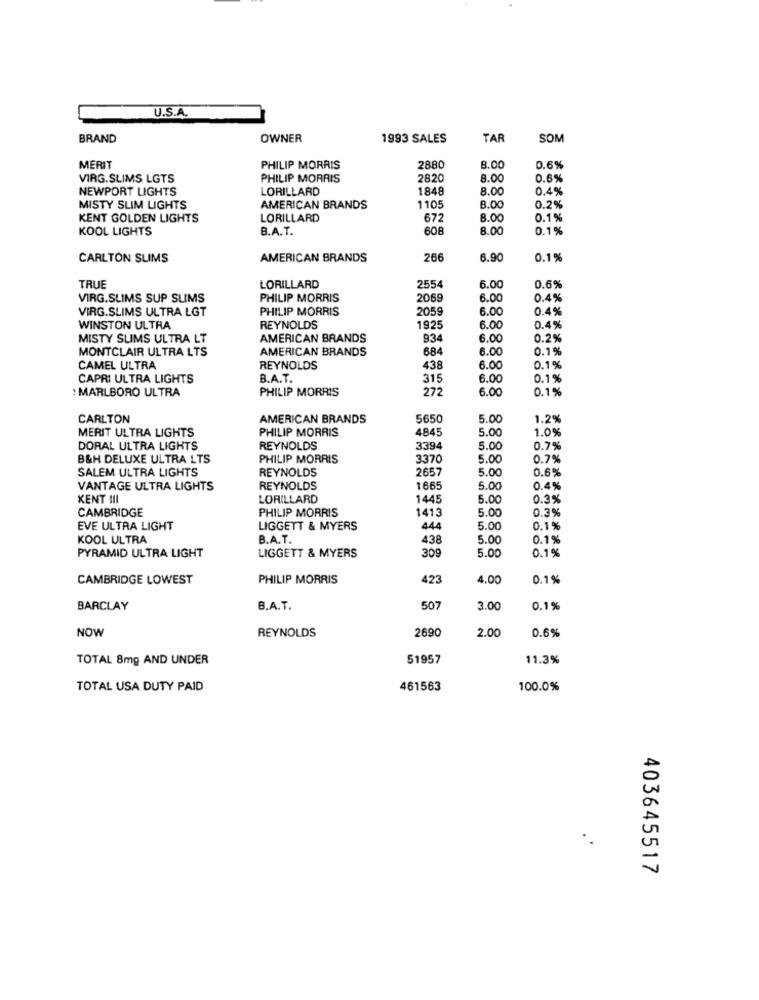
U.S.A.
BRAND
OWNER
1993 SALES
TAR
SOM
MERIT
PHILIP MORRIS
2880
8.00
0.6%
VIRG.SLIMS LGTS
PHILIP MORRIS
2820
8.00
0.6%
NEWPORT LIGHTS
LORILLARD
1848
8.00
0.4%
MISTY SLIM LIGHTS
AMERICAN BRANDS
1105
8.00
0.2%
KENT GOLDEN LIGHTS
LORILLARD
672
8.00
0.1%
KOOL LIGHTS
B.A.T.
608
8.00
0.1%
CARLTON SLIMS
AMERICAN BRANDS
266
6.90
0.1%
TRUE
LORILLARD
255
6.00
0.6%
VIRG.SLIMS SUP SLIMS
PHILIP MORRIS
2069
6.00
0.4%
VIRG.SLIMS ULTRA LGT
PHILIP MORRIS
2059
6.00
0.4%
0.4%
WINSTON ULTRA
REYNOLDS
1925
6.00
MISTY SLIMS ULTRA LT
AMERICAN BRANDS
934
6.00
0.2%
MONTCLAIR ULTRA LTS
AMERICAN BRANDS
684
6.00
0.1%
CAMEL ULTRA
REYNOLDS
438
6.00
0.1%
CAPRI ULTRA LIGHTS
B.A.T.
315
6.00
0.1%
: MARLBORO ULTRA
PHILIP MORRIS
272
6.00
0.1%
CARLTON
AMERICAN BRANDS
5650
5.00
1.29
MERIT ULTRA LIGHTS
PHILIP MORRIS
4845
5.00
1.0%
DORAL ULTRA LIGHTS
REYNOLDS
3394
5.00
0.7%
B&H DELUXE ULTRA LTS
PHILIP MORRIS
3370
5.00
0.7%
SALEM ULTRA LIGHTS
2657
5.00
0.6%
REYNOLDS
VANTAGE ULTRA LIGHTS
REYNOLDS
1665
5.00
0.4%
KENT III
LORILLARD
1445
5.00
0.3%
CAMBRIDGE
PHILIP MORRIS
1413
5.00
0.3%
EVE ULTRA LIGHT
LIGGETT & MYERS
444
5.00
0.1%
KOOL ULTRA
B.A.T.
438
5.00
0.1%
309
0.1%
PYRAMID ULTRA LIGHT
LIGGETT & MYERS
5.00
CAMBRIDGE LOWEST
PHILIP MORRIS
423
4.00
0.1%
BARCLAY
B.A.T.
507
3.00
0.1%
NOW
REYNOLDS
2690
2.00
0.6%
TOTAL 8mg AND UNDER
51957
11.3%
TOTAL USA DUTY PAID
461563
100.0%
403645517